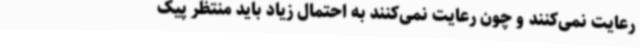
رعایت نمی‌کنند و چون رعایت نمی‌کنند به احتمال زیاد باید منتظر پیک